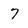
Character: 7